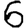
Digit: 6